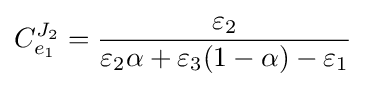
C_{e_{1}}^{J_{2}}={\frac {\varepsilon _{2}}{\varepsilon _{2}\alpha +\varepsilon _{3}(1-\alpha )-\varepsilon _{1}}}